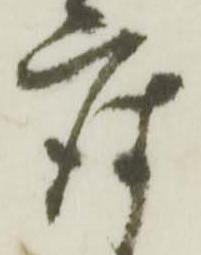
座